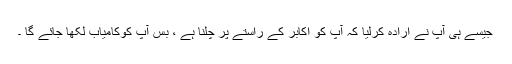
جیسے ہی آپ نے ارادہ کرلیا کہ آپ کو اکابر کے راستے پر چلنا ہے ، بس آپ کوکامیاب لکھا جائے گا ۔